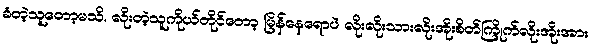
ခံတဲ့သူတော့မသိ. လိုးတဲ့သူကိုယ်တိုင်တော့ မြိန်နေရောပဲ လိုးလိုးသားလိုးအိုးစိတ်ကြိုက်လိုးအိုးအား